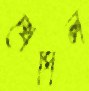
খেপিল